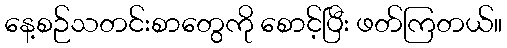
နေ့စဉ်သတင်းစာတွေကို စောင့်ပြီး ဖတ်ကြတယ်။